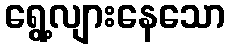
ရွေ့လျားနေသော